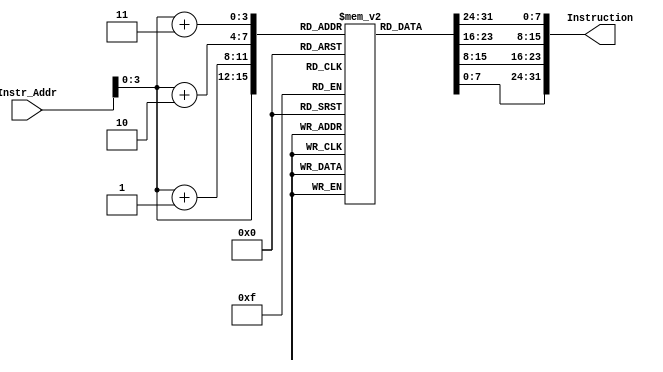
module Instruction_Memory
(
  input [63:0]Instr_Addr,
  output reg [31:0]Instruction
);

reg [7:0]regs[15:0];

integer index = 0;

initial
begin
for(index = 0; index < 16; index = index + 1)
  begin
    regs[index] = index;
  end
end

always @ (Instr_Addr)
begin
  Instruction = {regs[Instr_Addr + 2'b11], regs[Instr_Addr + 2'b10], regs[Instr_Addr + 1'b1], regs[Instr_Addr]};
end

endmodule